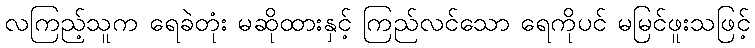
လကြည့်သူက ရေခဲတုံး မဆိုထားနှင့် ကြည်လင်သော ရေကိုပင် မမြင်ဖူးသဖြင့်